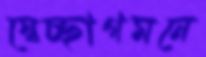
স্বেচ্ছাগমনে